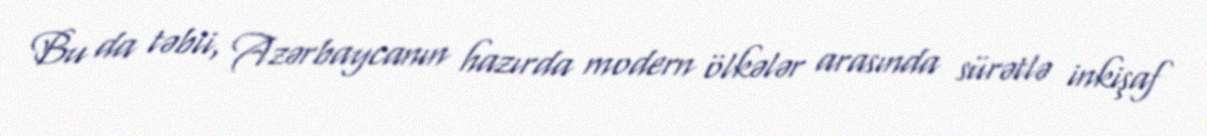
Bu da təbii, Azərbaycanın hazırda modern ölkələr arasında sürətlə inkişaf